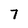
Character: 7